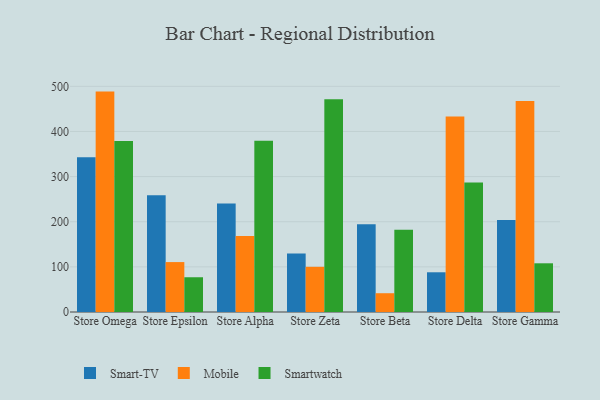
{"axis": {"x": "Store", "y": "Net Income (USD K)"}, "legend": ["Mobile", "Smart-TV", "Smartwatch"], "data": [{"x": "Store Omega", "y": 343.1, "type": "Smart-TV"}, {"x": "Store Omega", "y": 488.3, "type": "Mobile"}, {"x": "Store Omega", "y": 378.9, "type": "Smartwatch"}, {"x": "Store Epsilon", "y": 258.5, "type": "Smart-TV"}, {"x": "Store Epsilon", "y": 110.6, "type": "Mobile"}, {"x": "Store Epsilon", "y": 77.0, "type": "Smartwatch"}, {"x": "Store Alpha", "y": 240.4, "type": "Smart-TV"}, {"x": "Store Alpha", "y": 168.4, "type": "Mobile"}, {"x": "Store Alpha", "y": 379.3, "type": "Smartwatch"}, {"x": "Store Zeta", "y": 129.4, "type": "Smart-TV"}, {"x": "Store Zeta", "y": 100.1, "type": "Mobile"}, {"x": "Store Zeta", "y": 471.3, "type": "Smartwatch"}, {"x": "Store Beta", "y": 194.2, "type": "Smart-TV"}, {"x": "Store Beta", "y": 41.6, "type": "Mobile"}, {"x": "Store Beta", "y": 182.4, "type": "Smartwatch"}, {"x": "Store Delta", "y": 88.0, "type": "Smart-TV"}, {"x": "Store Delta", "y": 433.1, "type": "Mobile"}, {"x": "Store Delta", "y": 287.0, "type": "Smartwatch"}, {"x": "Store Gamma", "y": 203.9, "type": "Smart-TV"}, {"x": "Store Gamma", "y": 467.4, "type": "Mobile"}, {"x": "Store Gamma", "y": 107.9, "type": "Smartwatch"}]}